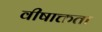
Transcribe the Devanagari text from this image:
वीषाक्तता